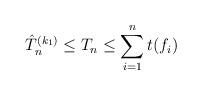
LaTeX: \begin{align*}\hat{T}^{(k_1)}_n \leq T_n \leq \sum_{i=1}^{n}t(f_i)\end{align*}